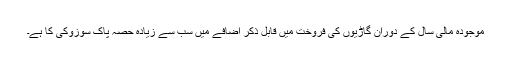
موجودہ مالی سال کے دوران گاڑیوں کی فروخت میں قابل ذکر اضافے میں سب سے زیادہ حصہ پاک سوزوکی کا ہے۔